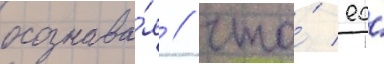
осознава́я / что́ ео́